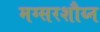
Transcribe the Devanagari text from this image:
मग्सरशौय्न